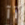
آآ